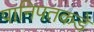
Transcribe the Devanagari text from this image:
पानिपतकडे